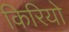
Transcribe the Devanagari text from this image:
किरियो